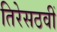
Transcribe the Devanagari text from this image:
तिरेसठवीं